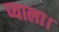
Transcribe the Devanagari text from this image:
प्याला।